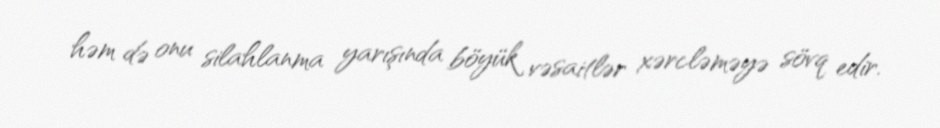
həm də onu silahlanma yarışında böyük vəsaitlər xərcləməyə sövq edir.